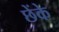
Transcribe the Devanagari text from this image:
छेंके